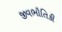
જીવભૌતિકી